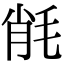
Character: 㲖